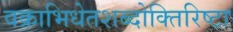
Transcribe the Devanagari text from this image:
वक्राभिधेतशब्दोक्तिरिष्टा